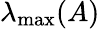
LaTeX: \lambda_{\operatorname*{max}}(A)